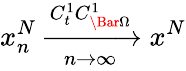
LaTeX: x_{n}^{N}\xrightarrow[n\rightarrow\infty]{C_{t}^{1}C_{\Bar{\Omega}}^{1}}x^{N}